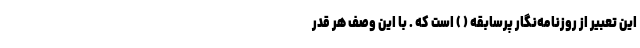
این تعبیر از روزنامه‌نگار پر‌سابقه ( ) است که . با این وصف هر قدر